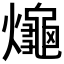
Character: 𤒅